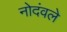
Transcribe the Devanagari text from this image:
नोदंवले